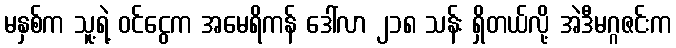
မနှစ်က သူ့ရဲ့ ဝင်ငွေက အမေရိကန် ဒေါ်လာ ၂၁၈ သန်း ရှိတယ်လို့ အဲဒီမဂ္ဂဇင်းက